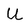
Character: U